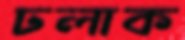
ঢলাক